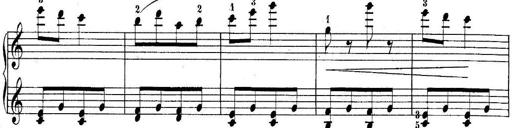
Title: 10 Sonatines progressives
Composer: Anton Schmoll